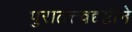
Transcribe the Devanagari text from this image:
पुरातत्त्वदृष्टीने